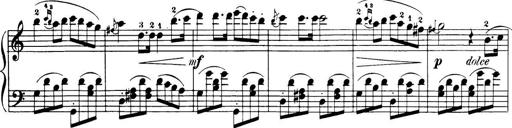
Title: 32 Sonatinas and Rondos for the Piano
Composer: Richard Kleinmichel